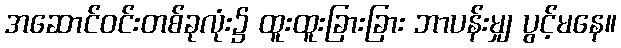
အဆောင်ဝင်းတစ်ခုလုံး၌ ထူးထူးခြားခြား ဘာပန်းမျှ ပွင့်မနေ။